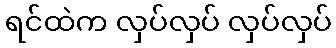
ရင်ထဲက လှပ်လှပ် လှပ်လှပ်